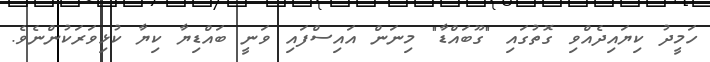
ހަމީދު ކިޔައިދެއްވި ގޮތުގައި "ގޫބައްޑާ" މިނަން އައިސްފައި ވަނީ ބައްޑިޔާ ކިޔާ ކުޅިވަރަކުންނެވެ.